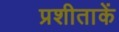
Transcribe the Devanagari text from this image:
प्रशीताकें